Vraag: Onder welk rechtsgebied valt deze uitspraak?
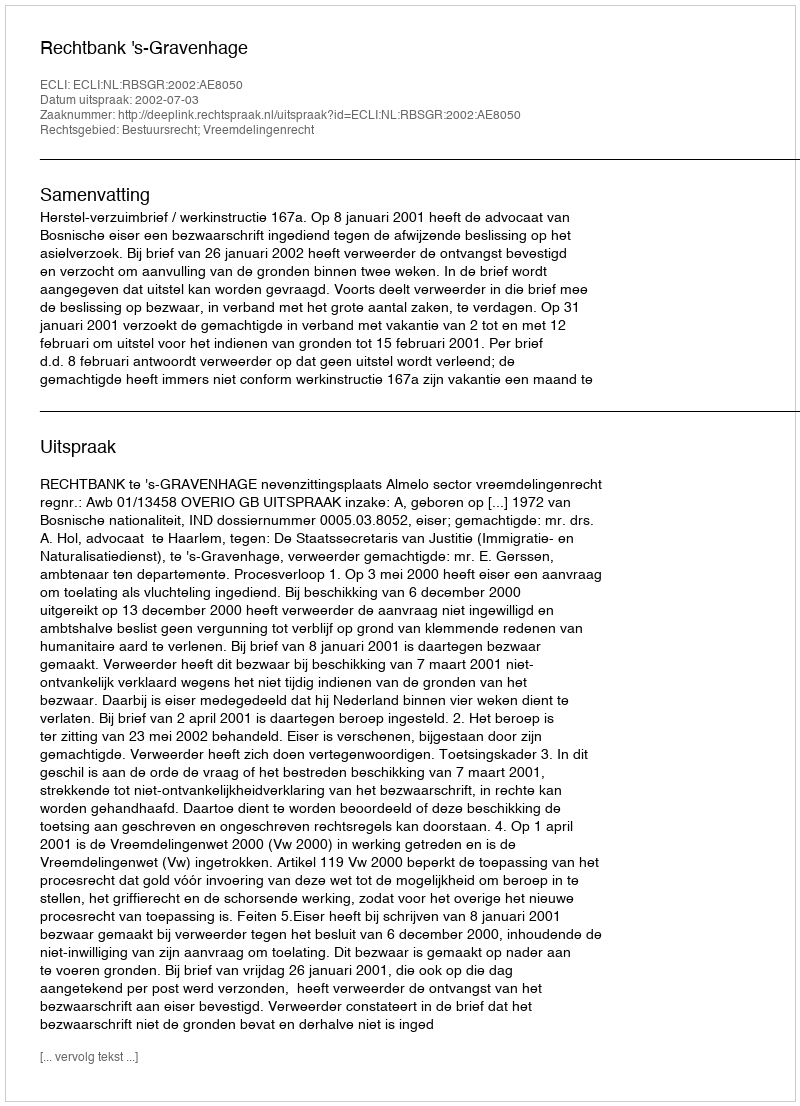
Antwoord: Bestuursrecht; Vreemdelingenrecht